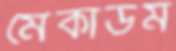
মেকাডম